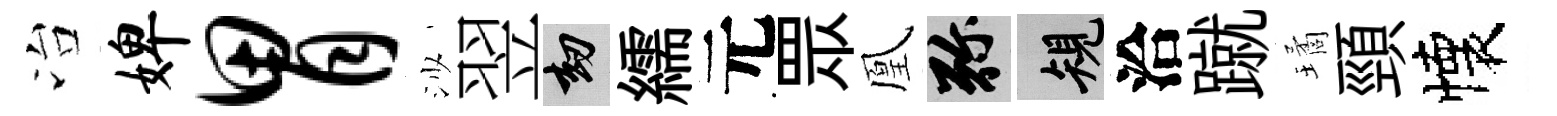
冶婢胃沙翌劫繻元眾凰弥規洽蹴璚頸懐